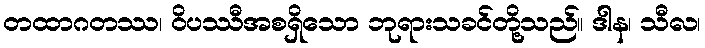
တထာဂတဿ၊ ဝိပဿီအစရှိသော ဘုရားသခင်တို့သည်။ ဒါန၊ သီလ၊